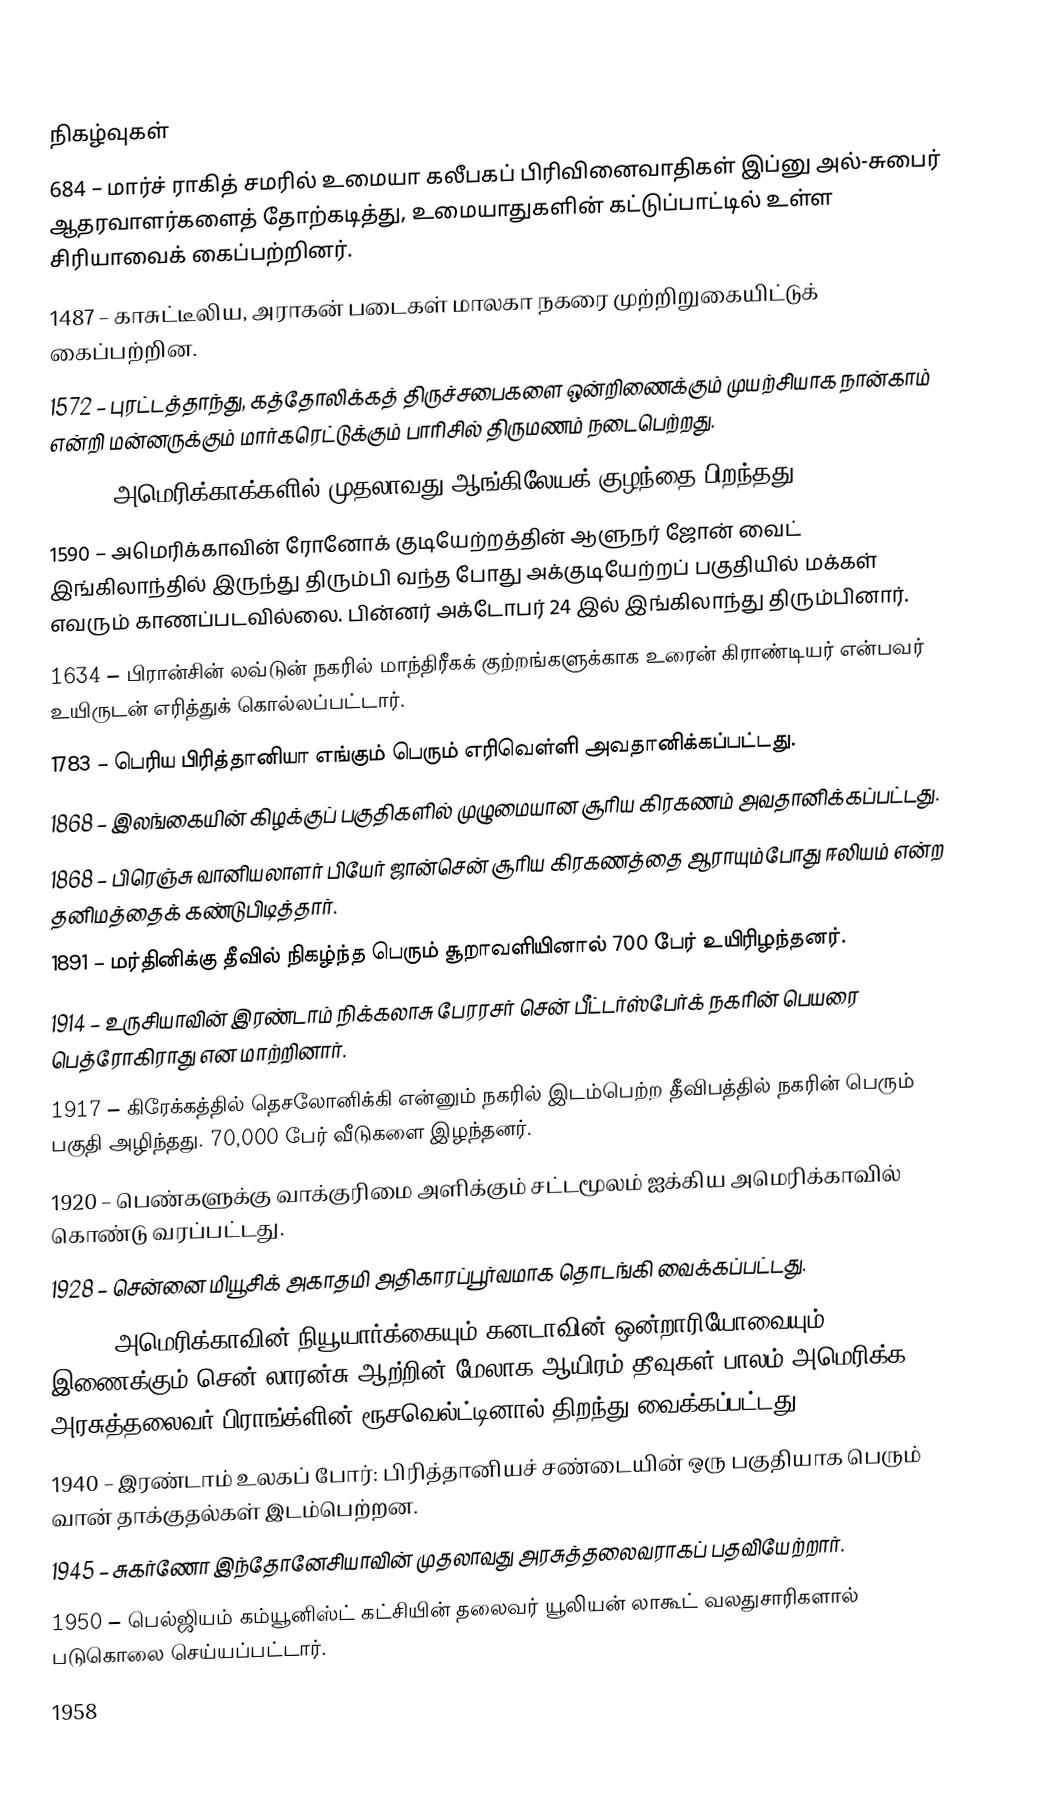

நிகழ்வுகள்
684 – மார்ச் ராகித் சமரில் உமையா கலீபகப் பிரிவினைவாதிகள் இப்னு அல்-சுபைர் ஆதரவாளர்களைத் தோற்கடித்து, உமையாதுகளின் கட்டுப்பாட்டில் உள்ள சிரியாவைக் கைப்பற்றினர்.
1487 – காசுட்டீலிய, அராகன் படைகள் மாலகா நகரை முற்றிறுகையிட்டுக் கைப்பற்றின.
1572 – புரட்டத்தாந்து, கத்தோலிக்கத் திருச்சபைகளை ஒன்றிணைக்கும் முயற்சியாக நான்காம் என்றி மன்னருக்கும் மார்கரெட்டுக்கும் பாரிசில் திருமணம் நடைபெற்றது.
1587 – அமெரிக்காக்களில் முதலாவது ஆங்கிலேயக் குழந்தை பிறந்தது.
1590 – அமெரிக்காவின் ரோனோக் குடியேற்றத்தின் ஆளுநர் ஜோன் வைட் இங்கிலாந்தில் இருந்து திரும்பி வந்த போது அக்குடியேற்றப் பகுதியில் மக்கள் எவரும் காணப்படவில்லை. பின்னர் அக்டோபர் 24 இல் இங்கிலாந்து திரும்பினார்.
1634 – பிரான்சின் லவ்டுன் நகரில் மாந்திரீகக் குற்றங்களுக்காக உரைன் கிராண்டியர் என்பவர் உயிருடன் எரித்துக் கொல்லப்பட்டார்.
1783 – பெரிய பிரித்தானியா எங்கும் பெரும் எரிவெள்ளி அவதானிக்கப்பட்டது.
1868 – இலங்கையின் கிழக்குப் பகுதிகளில் முழுமையான சூரிய கிரகணம் அவதானிக்கப்பட்டது.
1868 – பிரெஞ்சு வானியலாளர் பியேர் ஜான்சென் சூரிய கிரகணத்தை ஆராயும்போது ஈலியம் என்ற தனிமத்தைக் கண்டுபிடித்தார்.
1891 – மர்தினிக்கு தீவில் நிகழ்ந்த பெரும் சூறாவளியினால் 700 பேர் உயிரிழந்தனர்.
1914 – உருசியாவின் இரண்டாம் நிக்கலாசு பேரரசர் சென் பீட்டர்ஸ்பேர்க் நகரின் பெயரை பெத்ரோகிராது என மாற்றினார்.
1917 – கிரேக்கத்தில் தெசலோனிக்கி என்னும் நகரில் இடம்பெற்ற தீவிபத்தில் நகரின் பெரும் பகுதி அழிந்தது. 70,000 பேர் வீடுகளை இழந்தனர்.
1920 – பெண்களுக்கு வாக்குரிமை அளிக்கும் சட்டமூலம் ஐக்கிய அமெரிக்காவில் கொண்டு வரப்பட்டது.
1928 – சென்னை மியூசிக் அகாதமி அதிகாரப்பூர்வமாக தொடங்கி வைக்கப்பட்டது.
1938 – அமெரிக்காவின் நியூயார்க்கையும் கனடாவின் ஒன்றாரியோவையும் இணைக்கும் சென் லாரன்சு ஆற்றின் மேலாக ஆயிரம் தீவுகள் பாலம் அமெரிக்க அரசுத்தலைவர் பிராங்க்ளின் ரூசவெல்ட்டினால் திறந்து வைக்கப்பட்டது.
1940 – இரண்டாம் உலகப் போர்: பிரித்தானியச் சண்டையின் ஒரு பகுதியாக பெரும் வான் தாக்குதல்கள் இடம்பெற்றன.
1945 – சுகர்ணோ இந்தோனேசியாவின் முதலாவது அரசுத்தலைவராகப் பதவியேற்றார்.
1950 – பெல்ஜியம் கம்யூனிஸ்ட் கட்சியின் தலைவர் யூலியன் லாகூட் வலதுசாரிகளால் படுகொலை செய்யப்பட்டார்.
1958